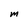
Character: M